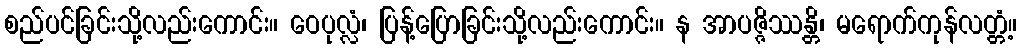
စည်ပင်ခြင်းသို့လည်းကောင်း။ ဝေပုလ္လံ၊ ပြန့်ပြောခြင်းသို့လည်းကောင်း။ န အာပဇ္ဇိဿန္တိ၊ မရောက်ကုန်လတ္တံ့။